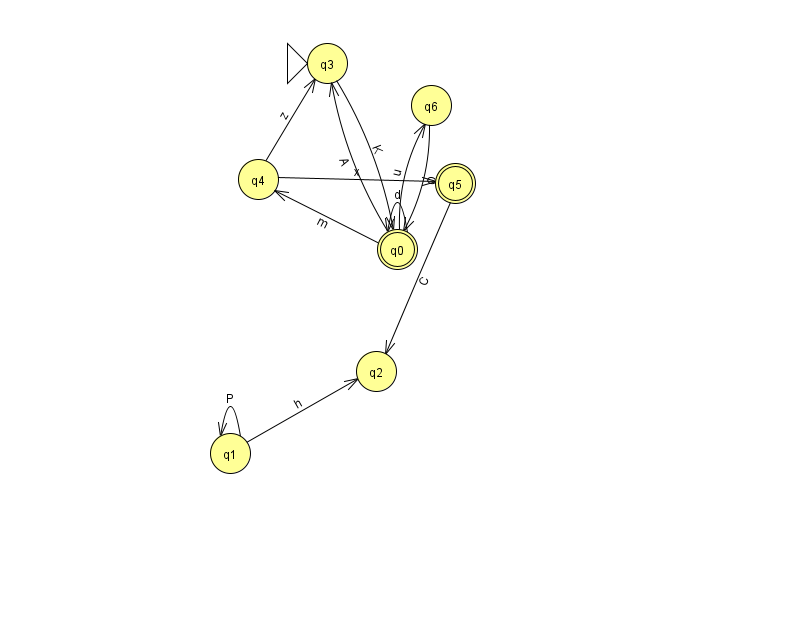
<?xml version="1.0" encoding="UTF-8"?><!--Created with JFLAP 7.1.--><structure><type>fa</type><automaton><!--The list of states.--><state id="0" name="q0"><x>397.0</x><y>236.0</y><final/></state><state id="1" name="q1"><x>230.0</x><y>440.0</y></state><state id="2" name="q2"><x>376.0</x><y>358.0</y></state><state id="3" name="q3"><x>327.0</x><y>50.0</y><initial/></state><state id="4" name="q4"><x>258.0</x><y>166.0</y></state><state id="5" name="q5"><x>455.0</x><y>170.0</y><final/></state><state id="6" name="q6"><x>431.0</x><y>92.0</y></state><!--The list of transitions.--><transition><from>1</from><to>1</to><read>P</read></transition><transition><from>0</from><to>3</to><read>A</read></transition><transition><from>1</from><to>2</to><read>h</read></transition><transition><from>5</from><to>2</to><read>C</read></transition><transition><from>4</from><to>3</to><read>z</read></transition><transition><from>0</from><to>0</to><read>d</read></transition><transition><from>0</from><to>4</to><read>m</read></transition><transition><from>0</from><to>6</to><read>u</read></transition><transition><from>4</from><to>5</to><read>x</read></transition><transition><from>3</from><to>0</to><read>K</read></transition><transition><from>6</from><to>0</to><read>O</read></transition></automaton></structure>